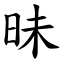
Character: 昧